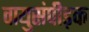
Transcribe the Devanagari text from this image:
वायुसंपीड़क